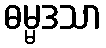
ဓမ္မဒသာ